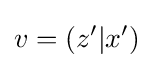
v=\left(z^{\prime }|x^{\prime }\right)